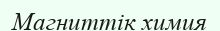
Магниттік химия